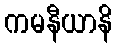
ကမနီယာနိ